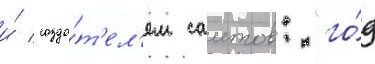
и́ созда́т'ел'ем саитов: "го́д